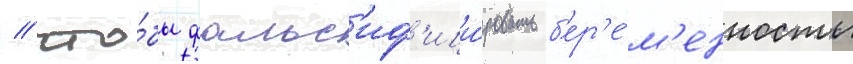
/ что́бы фальс'иф'ици́ровать б'ер'е́м'енность